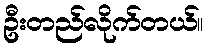
ဦးတည်လိုက်တယ်။